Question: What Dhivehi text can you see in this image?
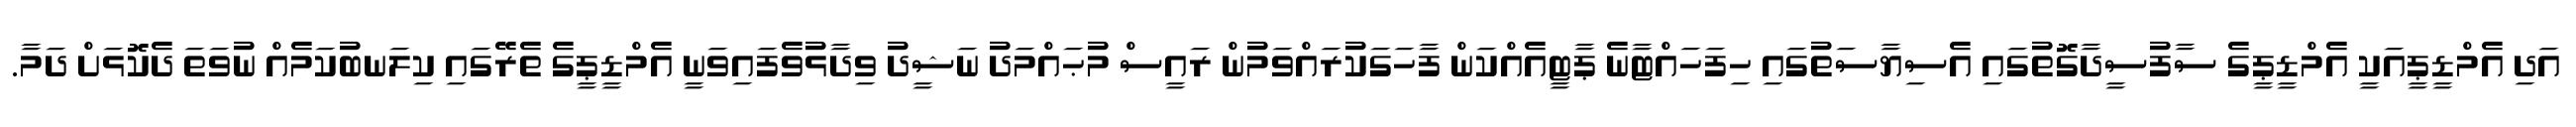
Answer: އަދި އެމްޑީޕީއަކީ އެމްޑީޕީގެ ސާފުސީދާގޮތުގައި އެސިޔާސަތުގައި ހިފަހައްޓާނެ ޕާޓީއެއްކަން ފާހަގަކުރައްވަމުން ރައީސް މުޙައްމަދު ނަޝީދު ވިދާޅުވެފައިވަނީ އެމްޑީޕީގެ ތެރޭގައި ކިލަނބުކަމެއް ނުވަތަ ދެކޮޅަށް ދަމާ.